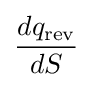
{\frac {dq_{\text{rev}}}{dS}}